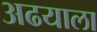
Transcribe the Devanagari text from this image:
अढयाला